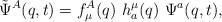
LaTeX: \begin{align*}\tilde{\Psi}^A(q,t ) = f^A_\mu(q) ~ h^\mu_a(q) ~\Psi^a(q, t) ,\end{align*}